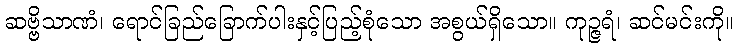
ဆဗ္ဗိသာဏံ၊ ရောင်ခြည်ခြောက်ပါးနှင့်ပြည့်စုံသော အစွယ်ရှိသော။ ကုဉ္ဇရံ၊ ဆင်မင်းကို။